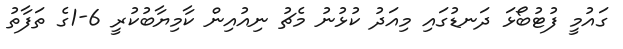
ގައުމީ ފުޓުބޯޅަ ދަނޑުގައި މިއަދު ކުޅުނު މެޗު ނިއުއިން ކާމިޔާބުކުރީ 6-1ގެ ތަފާތު